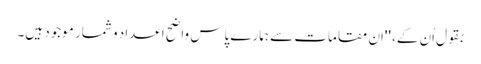
بقول اُن کے، ''اِن مقامات سے ہمارے پاس واضح اعداد و شمار موجود ہیں۔